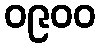
၀၉၀၀